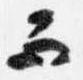
而